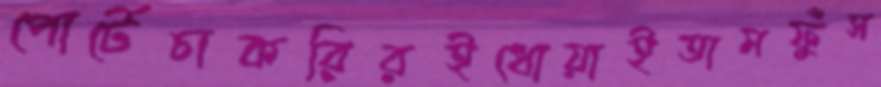
পোর্টেচাকরিরইধোয়াইতামফুঁস